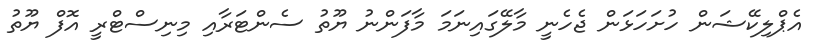
އެޕްލިކޭޝަން ހުށަހަޅަން ޖެހެނީ މާލޭގައިނަމަ މާފަންނު ޔޫތު ސެންޓަރާއި މިނިސްޓްރީ އޮފް ޔޫތު